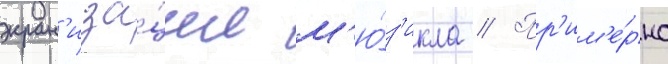
экран'иза́ции м'ю́з'икла // Пр'им'е́рно